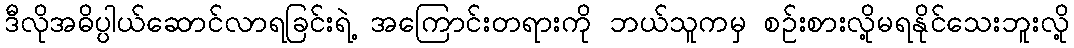
ဒီလိုအဓိပ္ပါယ်ဆောင်လာရခြင်းရဲ့ အကြောင်းတရားကို ဘယ်သူကမှ စဉ်းစားလို့မရနိုင်သေးဘူးလို့